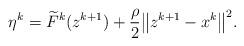
LaTeX: \begin{align*}\eta^k = \widetilde{F}^{k}(z^{k+1})+ \frac{\rho}{2}\big\|z^{k+1}-x^k\big\|^2.\end{align*}